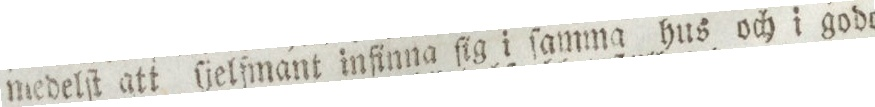
medelſt att ſjelſmant infinna ſig i ſamma hus och i godo